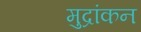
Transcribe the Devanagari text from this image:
मुद्रांकन